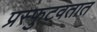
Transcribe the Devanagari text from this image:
प्रस्फुटवतात